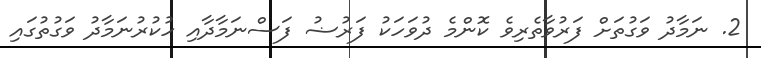
2. ނަމާދު ވަގުތަށް ފަރުވާތެރިވެ ކޮންމެ ދުވަހަކު ފަރުޟު ފަސްނަމާދާއި ހުކުރުނަމާދު ވަގުތުގައި